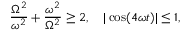
{ \frac { \Omega ^ { 2 } } { \omega ^ { 2 } } } + { \frac { \omega ^ { 2 } } { \Omega ^ { 2 } } } \geq 2 , \quad | \cos ( 4 \omega t ) | \leq 1 ,